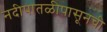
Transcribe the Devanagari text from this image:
नदीपातळीपासूनची